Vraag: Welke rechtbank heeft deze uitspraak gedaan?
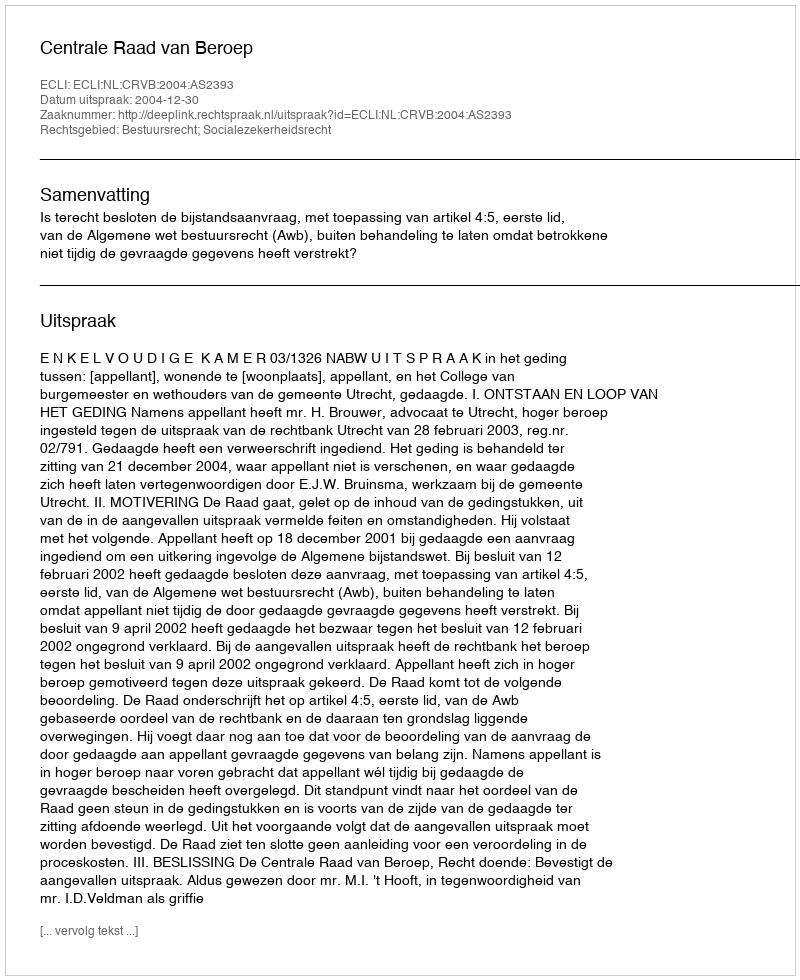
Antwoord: Centrale Raad van Beroep